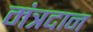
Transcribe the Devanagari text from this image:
मंत्रदान